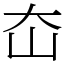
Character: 㞭